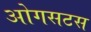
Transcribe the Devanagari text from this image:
ओगसटस